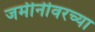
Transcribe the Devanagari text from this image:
जमीनीवरच्या